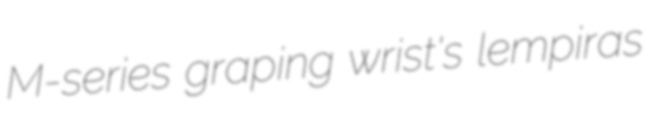
M-series graping wrist's lempiras